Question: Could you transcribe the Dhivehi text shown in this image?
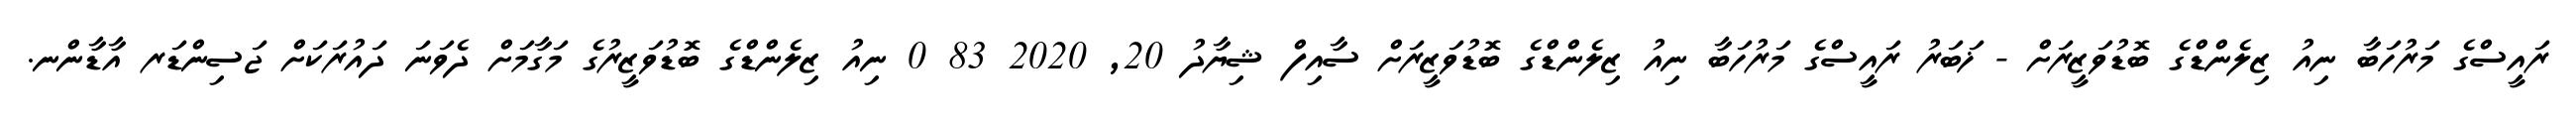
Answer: ރައީސްގެ މަރުހަބާ ނިއު ޒިލެންޑްގެ ބޮޑުވަޒީރަށް - ޚަބަރު ރައީސްގެ މަރުހަބާ ނިއު ޒިލެންޑްގެ ބޮޑުވަޒީރަށް ސާއިފް ޝިޔާދު 20, 2020 83 0 ނިއު ޒިލެންޑްގެ ބޮޑުވަޒީރުގެ މަގާމަށް ދެވަނަ ދައުރަކަށް ޖަސިންޑަރ އާޑާންނ.